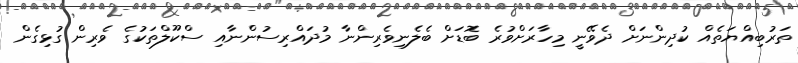
ތަރުބިއްޔަތެއް ކުދިންނަށް ދެވޭނީ މިހާރަށްވުރެ ބޮޑަށް ބެލެނިވެރިންނާ މުދައްރިސުންނާއި ސްކޫލްތަކުގެ ވެރިން ގުޅިގެން